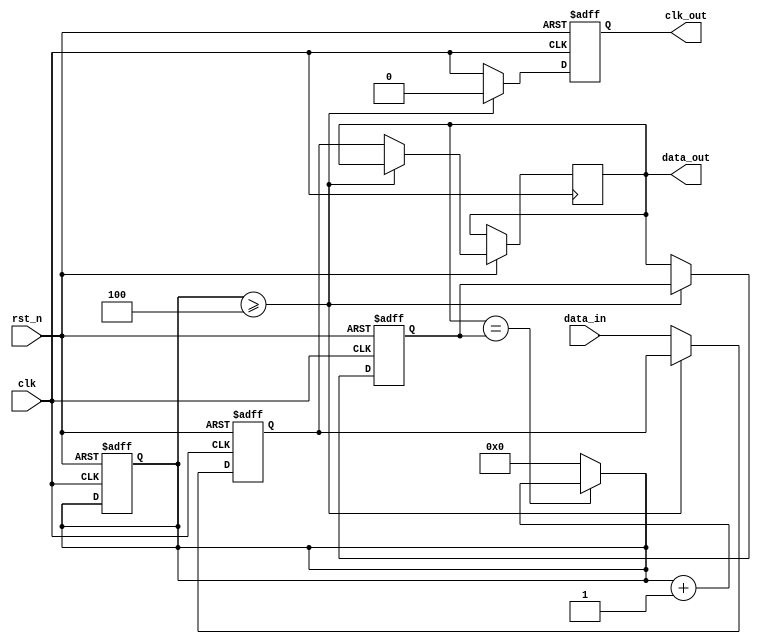
module odcg_memory_block (
    input wire clk,              // System clock
    input wire rst_n,            // Active low reset
    input wire [7:0] data_in,    // Data input
    output reg [7:0] data_out,    // Data output
    output reg clk_out           // Gated clock output
);

// Parameters
parameter IDLE_THRESHOLD = 4; // Number of cycles to consider as idle

// Internal signals
reg [7:0] data_reg;            // Register to hold data
reg [3:0] idle_counter;        // Counter for idle detection
reg clk_enable;                // Clock enable signal
reg [7:0] last_data_out;       // Last output data to detect changes

// Combinational logic to generate clock enable signal
always @(*) begin
    if (data_out == last_data_out) begin
        idle_counter = idle_counter + 1;
    end else begin
        idle_counter = 0;
        clk_enable = 1'b1; // Enable clock when output changes
    end
    
    // Gating condition: Disable clock if idle_counter exceeds threshold
    if (idle_counter >= IDLE_THRESHOLD) begin
        clk_enable = 1'b0; // Disable clock if idle
    end else begin
        clk_enable = 1'b1; // Enable clock if active
    end
end

// Sequential logic for memory operation
always @(posedge clk or negedge rst_n) begin
    if (!rst_n) begin
        data_reg <= 8'b0; // Reset data register
        clk_out <= 1'b0;  // Reset gated clock output
        idle_counter <= 0; // Reset idle counter
        last_data_out <= 8'b0; // Initialize last output
    end else if (clk_enable) begin
        data_reg <= data_in; // Update data register with input
        data_out <= data_reg; // Output the data
        last_data_out <= data_out; // Update last output
        clk_out <= clk; // Pass the clock signal to output
    end else begin
        clk_out <= 1'b0; // Disable clock output
    end
end

endmodule